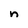
Character: n